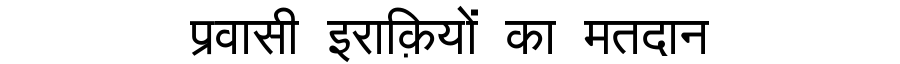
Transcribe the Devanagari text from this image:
प्रवासी इराक़ियों का मतदान